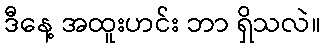
ဒီနေ့ အထူးဟင်း ဘာ ရှိသလဲ။